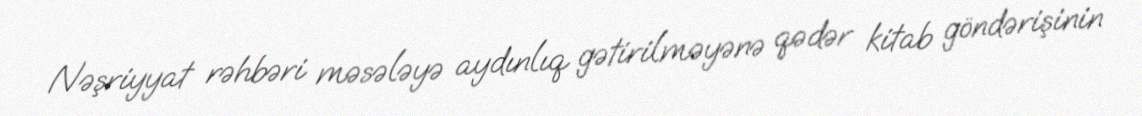
Nəşriyyat rəhbəri məsələyə aydınlıq gətirilməyənə qədər kitab göndərişinin